Second report of the anti-malarial operations at Mian Mir, 1901-1903 - Number 9
Year: 1901
Disease focus: Malaria
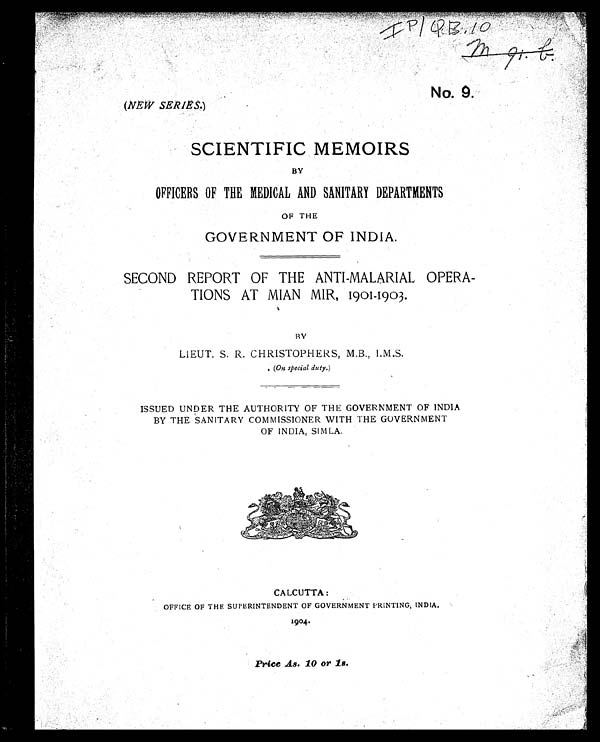
m. 91. b.
No. 9.
(NEW SERIES.)
SCIENTIFIC MEMOIRS
BY
OFFICERS OF THE MEDICAL AND SANITARY DEPARTMENTS
OF THE
GOVERNMENT OF INDIA.
SECOND REPORT OF THE ANTI-MALARIAL OPERA-
TIONS AT MIAN MIR, 1901-1903.
BY
LIEUT. S. R. CHRISTOPHERS, M.B., I.M.S.
(On special duty.)
ISSUED UNDER THE AUTHORITY OF THE GOVERNMENT OF INDIA
BY THE SANITARY COMMISSIONER WITH THE GOVERNMENT
OF INDIA, SIMLA.
CALCUTTA:
OFFICE OF THE SUPERINTENDENT OF GOVERNMENT PRINTING, INDIA.
1904.
Price As. 10 or 1s.